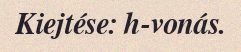
Kiejtése: h-vonás.